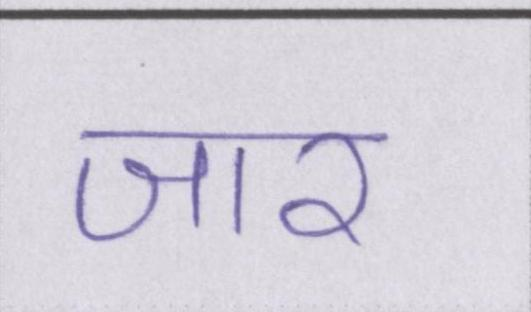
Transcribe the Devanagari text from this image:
जार